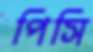
পিসি